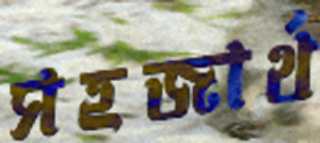
সহজার্থ